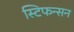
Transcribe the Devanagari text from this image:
स्टिफन्सन